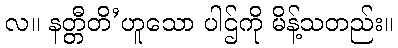
လ။ နတ္တီတိ’ဟူသော ပါဌ်ကို မိန့်သတည်း။